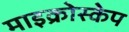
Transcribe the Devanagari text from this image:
माइक्रोस्केप